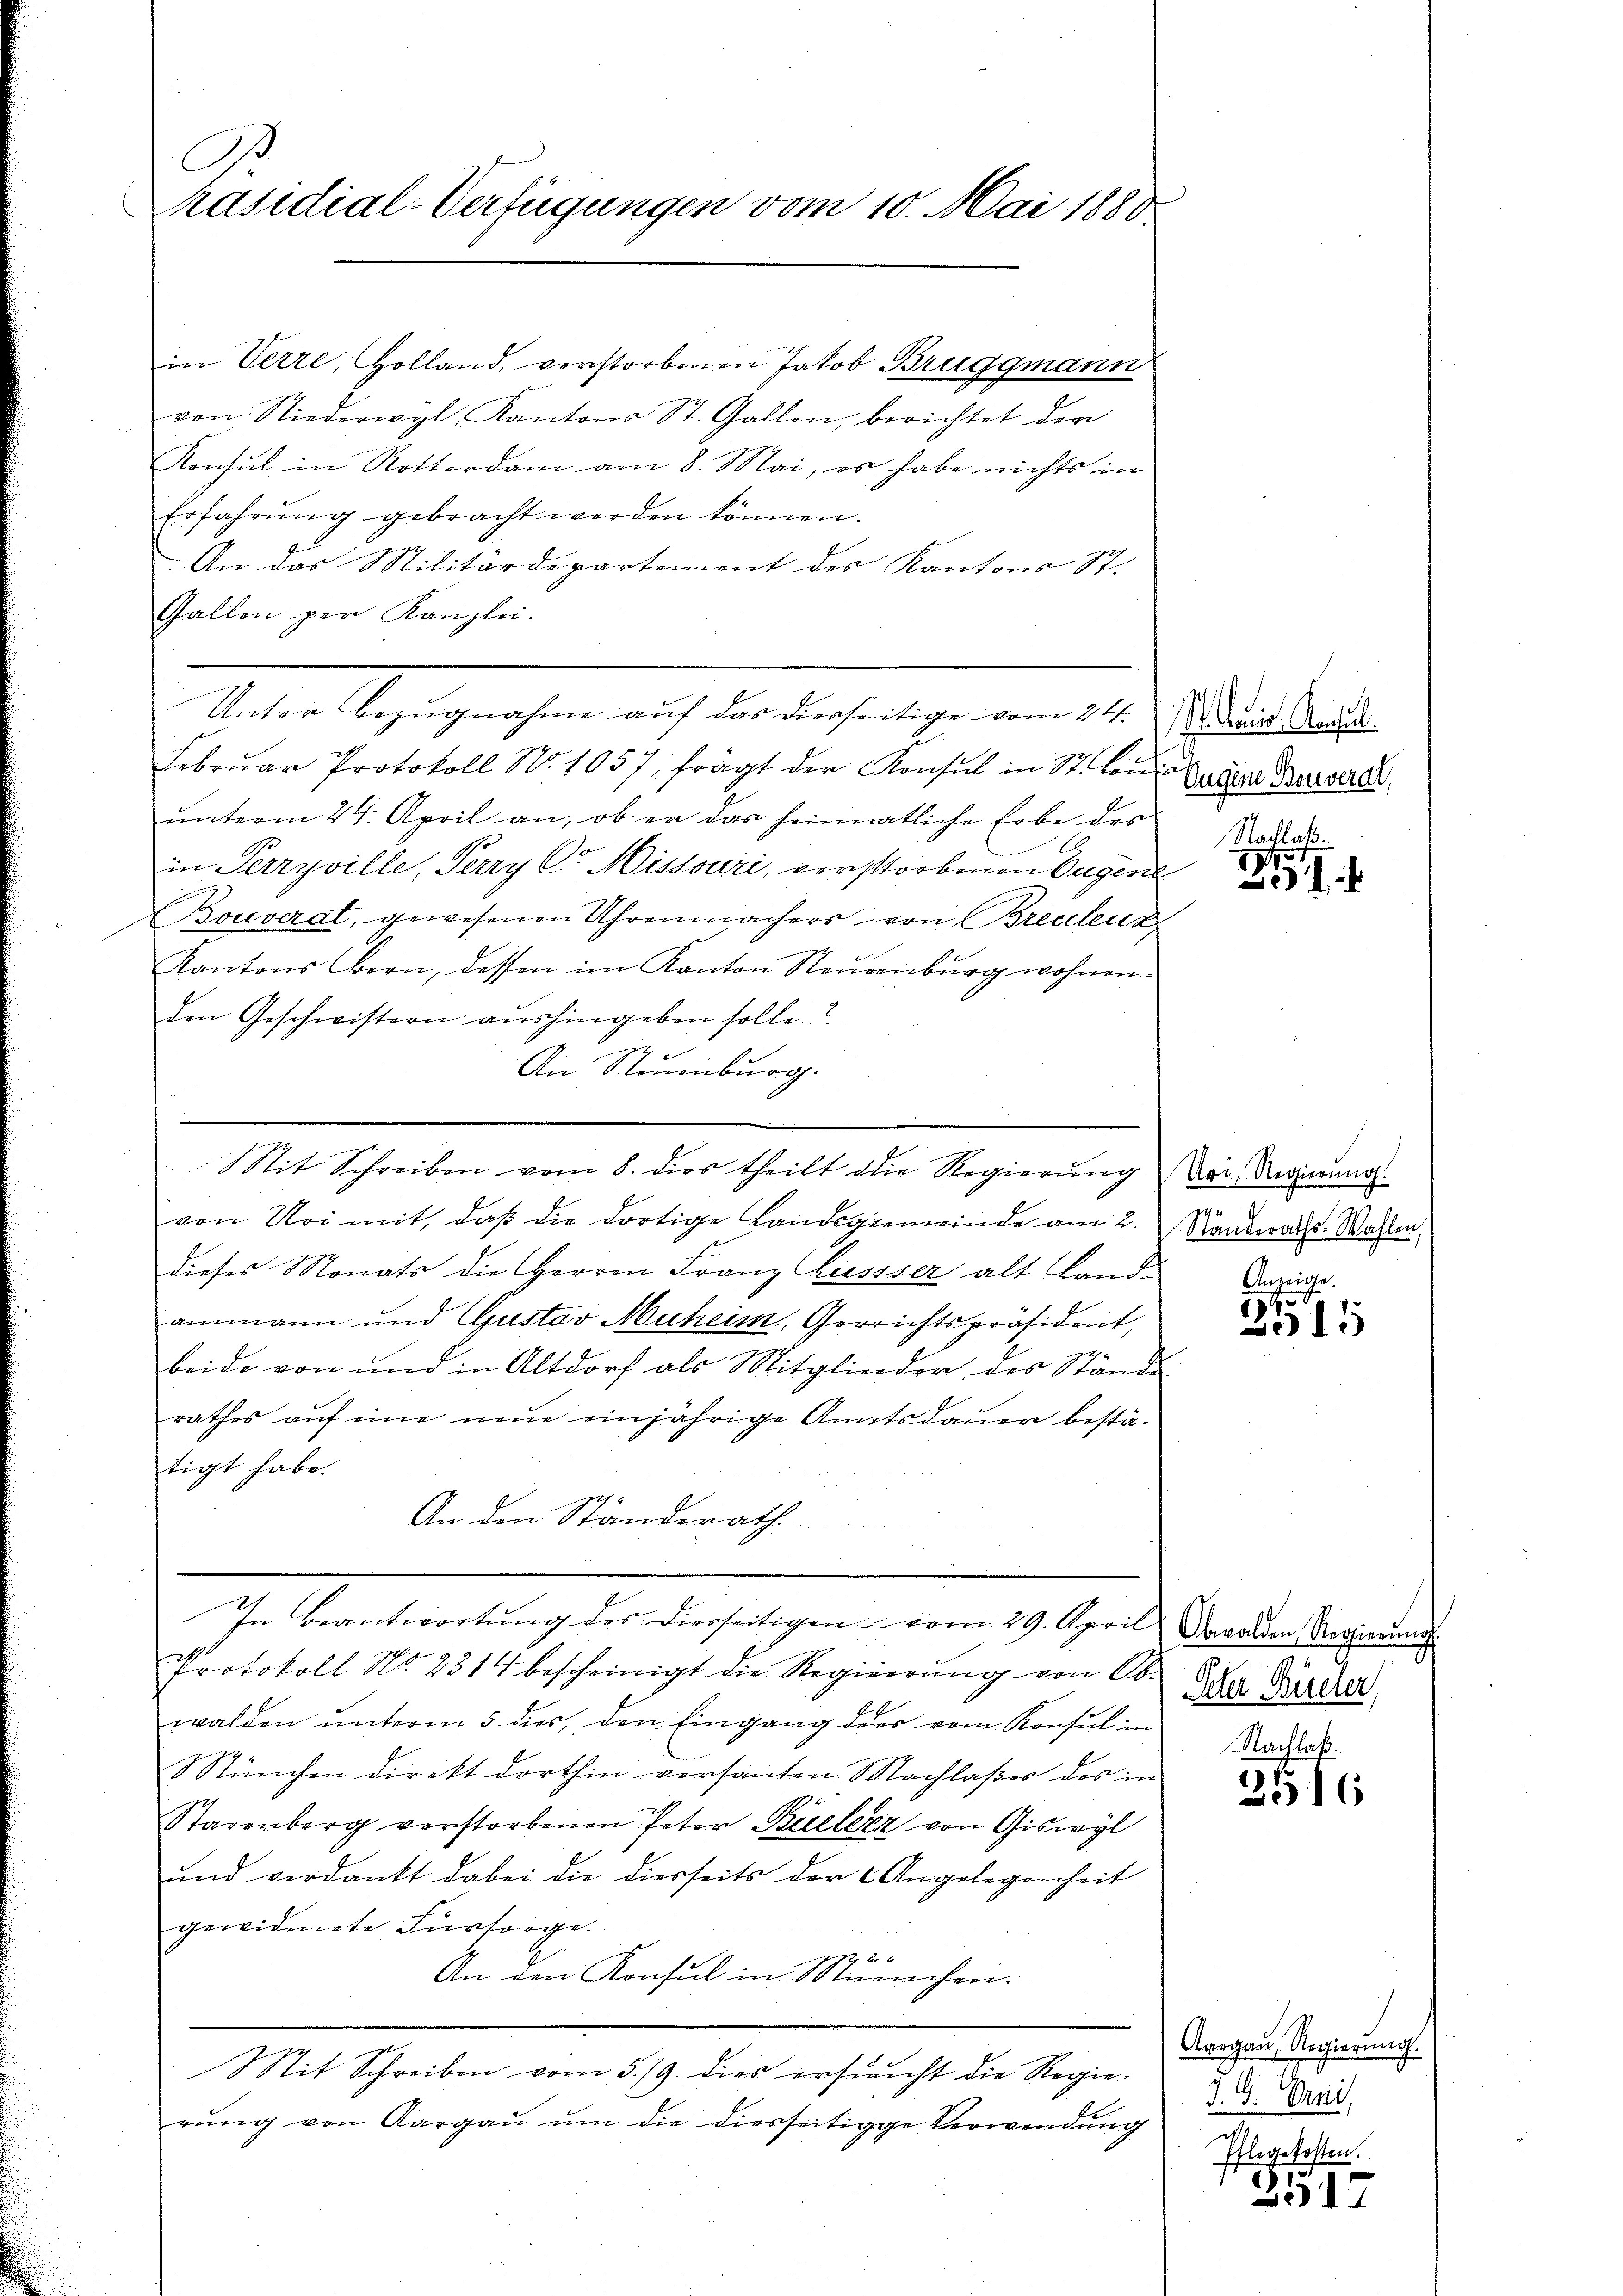
C
Präsidial-Verfügungen vom 10. Mai 1888

in Verre, Holland, verstorbenen Jakob Bruggmann
von Niederwyl, Kantons St. Gallen, berichtet der
Konsul in Rotterdam am 8. Mai, es habe nichts in
Erfahrŭng gebracht werden können.
An das Militärdepartement des Kantons St.
Gallen per Kanzlei.
Unter Bezugnahme auf das diesseitige vom 24.
Febrŭar Protokoll No. 1057: frägt der Konsul in St. Lordiŭnterm 24. April an, ob er das heimatliche Erbe des
in Perryville, Perry C. Missouri, verstorbenen Tugene
Bouverat, gewesenen Uhrenmachers von Breulenz
Kantons Obern, dessen im Kanton Neuenburg wohnenden Geschwistern aushingeben solle.
g
An Stonenburg.
.
Sit Schreiben vom 8. dies theilt die Regierung
von Uri mit, daβ die dortige Landsgemeinde am 2. Ränderaths. Wahlen,
dieses Monats die Herren Franz liessser alt Landammann und Gustav Muheim, Gerrichtspräsident,
beide von und in Altdorf als Mitglieder des Stände
rathes aŭf eine neŭe einjährige Amtsdauer bestä-
tigt habe.
An den Ständerath
In Beantwortung des Dierseitigen vom 29. April Dawalden Regierung
Protokoll No 2314 bescheinigt die Regierung von Ob. Zur Verd
walden ŭnterm 5. dies, den Eingang ders vom Konsul im
München direkt dorthin versanten Nachlaßes des in
Starerberg verstorbenen Peter Büeler von Giswyl
und verdankt dabei die diesseits der Angelegenheit
gewidmete Fürsorge.
An den Konsul in München.
Sit Schreiben vom 5./9. dies ersucht die Regie-
rŭng von Aargau um die diesseitige Verwendung

. Kais. Manchel
Eugene Bouverat,
Nachlaß

1901
1

Uri, Regierung.

Anzeige.
1
315

Nachlaß.
2516

Aargau, Regierung.
J.G. Erni,
i
Pflegekosten.

17